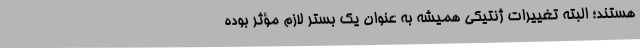
هستند؛ البته تغییرات ژنتیکی همیشه به عنوان یک بستر لازم مؤثر بوده